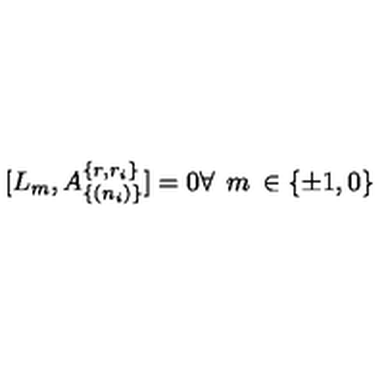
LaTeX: [ L _ { m } , A _ { \{ ( n _ { i } ) \} } ^ { \{ r , r _ { i } \} } ] = 0 \forall \: \: m \: \in \{ \pm 1 , 0 \}